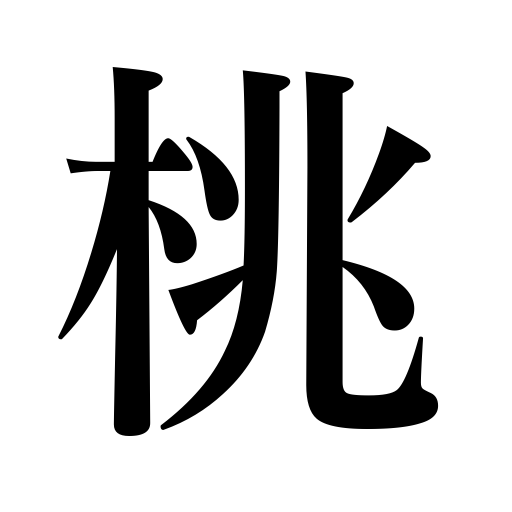
Meanings: peach